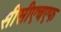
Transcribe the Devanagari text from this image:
सीसीएचएफ